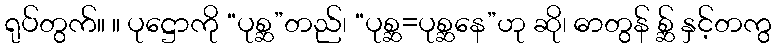
ရုပ်တွက်။ ။ ပုဋ္ဌောကို “ပုစ္ဆ”တည်၊ “ပုစ္ဆ=ပုစ္ဆနေ”ဟု ဆို၊ ဓာတွန် စ္ဆ် နှင့်တကွ